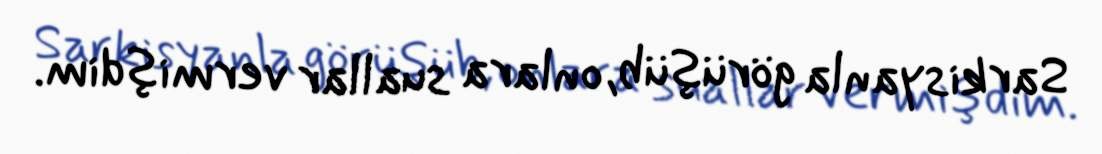
Sarkisyanla görüşüb, onlara suallar vermişdim.